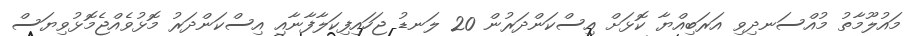
މައުލޫމާތު މުއްސަނދިވި އަރަބިއްޔާ ކޮޅަށް އިސްކަންދަރުން 20 ލަނޑު ޖަހައިފިކަލާފާނާއި އިސްކަންދަރު މޮޅުވެއްޖެމޮޅުވިޔަސް